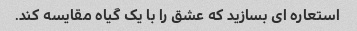
استعاره ای بسازید که عشق را با یک گیاه مقایسه کند.